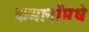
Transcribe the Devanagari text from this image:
कमानींमधे